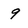
Character: 9